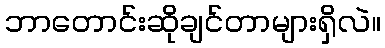
ဘာတောင်းဆိုချင်တာများရှိလဲ။